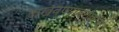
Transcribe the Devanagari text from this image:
दाखवण्याबरोबरच